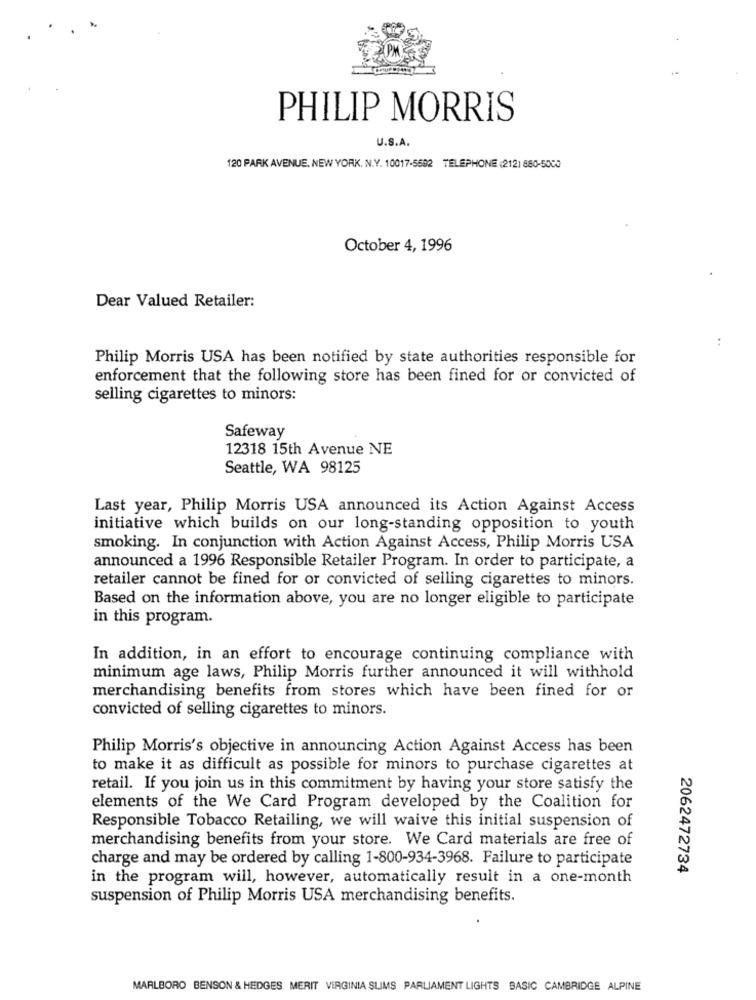
PHILIP MORRIS
U.S.A.
120 PARK AVENUE, NEW YORK, N.Y. 10017-5692 TELEPHONE (212) 880-5000
October 4, 1996
Dear Valued Retailer:
..
Philip Morris USA has been notified by state authorities responsible for
enforcement that the following store has been fined for or convicted of
selling cigarettes to minors:
Safeway
12318 15th Avenue NE
Seattle, WA 98125
Last year, Philip Morris USA announced its Action Against Access
initiative which builds on our long-standing opposition to youth
smoking. In conjunction with Action Against Access, Philip Morris USA
announced a 1996 Responsible Retailer Program. In order to participate, a
retailer cannot be fined for or convicted of selling cigarettes to minors.
Based on the information above, you are no longer eligible to participate
in this program.
In addition, in an effort to encourage continuing compliance with
minimum age laws, Philip Morris further announced it will withhold
merchandising benefits from stores which have been fined for or
convicted of selling cigarettes to minors.
Philip Morris's objective in announcing Action Against Access has been
to make it as difficult as possible for minors to purchase cigarettes at
retail. If you join us in this commitment by having your store satisfy the
elements of the We Card Program developed by the Coalition for
Responsible Tobacco Retailing, we will waive this initial suspension of
merchandising benefits from your store. We Card materials are free of
charge and may be ordered by calling 1-800-934-3968. Failure to participate
2062472734
in the program will, however, automatically result in a one-month
suspension of Philip Morris USA merchandising benefits.
MARLBORO BENSON & HEDGES MERIT VIRGINIA SLIMS PARLIAMENT LIGHTS BASIC CAMBRIDGE ALPINE